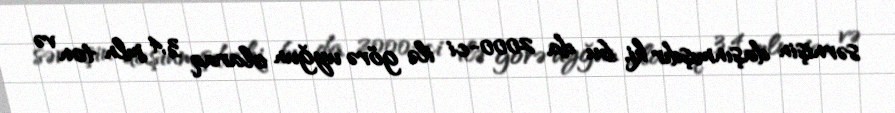
sərnişin daşınmışdır ki, bu da 2000-ci ilə görə uyğun olaraq 3,4 mln ton və